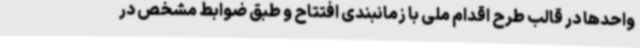
واحدها در قالب طرح اقدام ملی با زمانبندی افتتاح و طبق ضوابط مشخص در